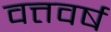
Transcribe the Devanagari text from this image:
वत्तवर्ष